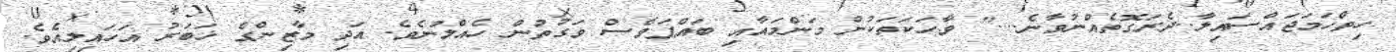
ހިތްހަމަޖައްސައިލާ..ދެރަގޮތެއްނުވާނެ...." ވާހަކަތަކުން މަންމައާއި ބައްޕަވެސް ވަގުތުން ހެއްލުނެވެ. އަދި މާޒިންގެ ޚަބަރު އަހައިލިއެވެ.